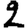
Digit: 2